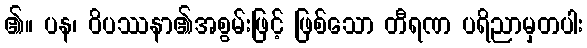
၏။ ပန၊ ဝိပဿနာ၏အစွမ်းဖြင့် ဖြစ်သော တီရဏ ပရိညာမှတပါး